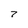
Character: 7